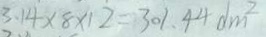
3 . 1 4 \times 8 \times 1 2 = 3 0 1 . 4 4 d m ^ { 2 }